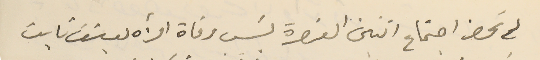
لم نحضر اجتماع اثنين العنصرة بسَبب وفاة امرأه يوسَف ثابت